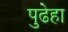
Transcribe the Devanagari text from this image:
पुढेहा